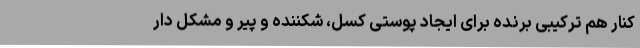
کنار هم ترکیبی برنده برای ایجاد پوستی کسل، شکننده و پیر و مشکل دار